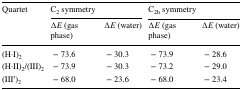
<table><thead><tr><td rowspan="2"><b>Quartet</b></td><td colspan="2"><b>C<sub>2</sub> symmetry</b></td><td colspan="2"><b>C<sub>2h</sub> symmetry</b></td></tr><tr><td><b>∆<i>E</i> (gas phase)</b></td><td><b>∆<i>E</i> (water)</b></td><td><b>∆<i>E</i> (gas phase)</b></td><td><b>∆<i>E</i> (water)</b></td></tr></thead><tbody><tr><td>(H·I)<sub>2</sub></td><td>− 73.6</td><td>− 30.3</td><td>− 73.9</td><td>− 28.6</td></tr><tr><td>(H·II)<sub>2</sub>/(III)<sub>2</sub></td><td>− 73.9</td><td>− 30.3</td><td>− 73.2</td><td>− 29.0</td></tr><tr><td>(III′)<sub>2</sub></td><td>− 68.0</td><td>− 23.6</td><td>− 68.0</td><td>− 23.4</td></tr></tbody></table>